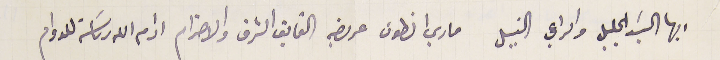
ايها السَيد الجليل والراعي النبيل ماري انطون عريضه الفايق الشرف والاحترام ادام الله رىاسته للدوام